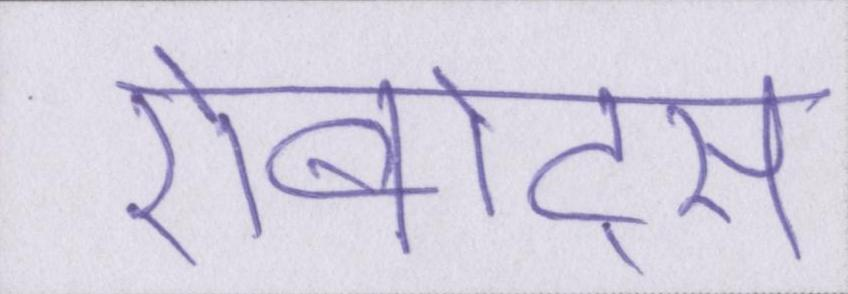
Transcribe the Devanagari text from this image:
रोबोट्स